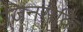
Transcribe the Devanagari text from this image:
जिनसेकि